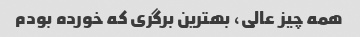
همه چیز عالی، بهترین برگری که خورده بودم